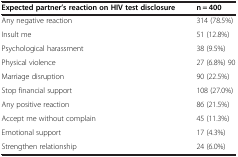
<table><thead><tr><td><b>Expected partner’s reaction on HIV test disclosure</b></td><td><b>n = 400</b></td></tr></thead><tbody><tr><td>Any negative reaction</td><td>314 (78.5%)</td></tr><tr><td>Insult me</td><td>51 (12.8%)</td></tr><tr><td>Psychological harassment</td><td>38 (9.5%)</td></tr><tr><td>Physical violence</td><td>27 (6.8%) 90</td></tr><tr><td>Marriage disruption</td><td>90 (22.5%)</td></tr><tr><td>Stop financial support</td><td>108 (27.0%)</td></tr><tr><td>Any positive reaction</td><td>86 (21.5%)</td></tr><tr><td>Accept me without complain</td><td>45 (11.3%)</td></tr><tr><td>Emotional support</td><td>17 (4.3%)</td></tr><tr><td>Strengthen relationship</td><td>24 (6.0%)</td></tr></tbody></table>